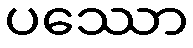
ပဿော